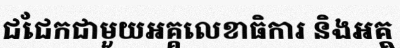
ជជែកជាមួយអគ្គលេខាធិការ និងអគ្គ